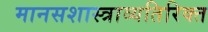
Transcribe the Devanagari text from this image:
मानसशास्त्राव्यतिरिक्त